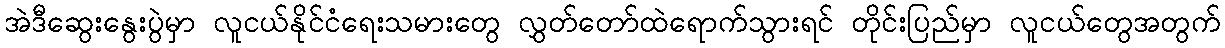
အဲဒီဆွေးနွေးပွဲမှာ လူငယ်နိုင်ငံရေးသမားတွေ လွှတ်တော်ထဲရောက်သွားရင် တိုင်းပြည်မှာ လူငယ်တွေအတွက်